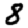
Digit: 8